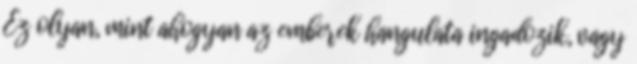
Ez olyan, mint ahogyan az emberek hangulata ingadozik, vagy